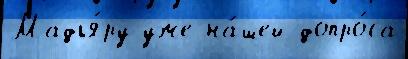
Мадья́ру уже на́шей допро́са